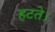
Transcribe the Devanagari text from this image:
हटते।